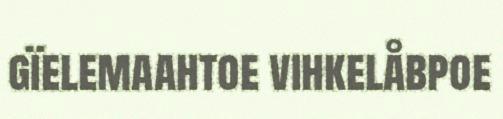
gïelemaahtoe vihkelåbpoe